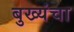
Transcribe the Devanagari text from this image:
बुख्यंचा